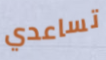
تساعدي